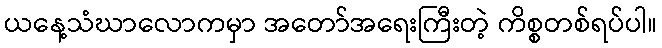
ယနေ့သံဃာလောကမှာ အတော်အရေးကြီးတဲ့ ကိစ္စတစ်ရပ်ပါ။